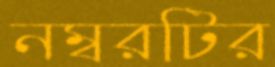
নম্বরটির